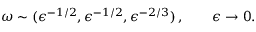
\boldsymbol { \omega } \sim ( \epsilon ^ { - 1 / 2 } , \epsilon ^ { - 1 / 2 } , \epsilon ^ { - 2 / 3 } ) \, , \qquad \epsilon \to 0 .